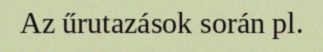
Az űrutazások során pl.